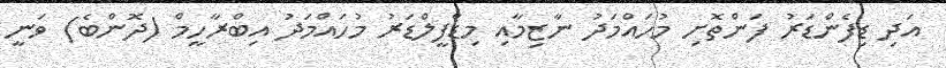
އަދި ޑިފެންޑަރު ފަންތޮށި މުހައްމަދު ނާޒިމާއި މިޑްފީލްޑަރު މުހައްމަދު އިބްރާހީމް (ދޮންބެ) ވަނީ